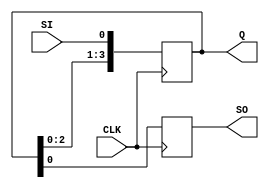
module shift_register_4bit (
    input CLK,
    input SI,
    output SO,
    output [3:0] Q
);

reg SO;
reg [3:0] Q;

always @(posedge CLK) begin
    Q <= {Q[2:0], SI};
    SO <= Q[0];
end

endmodule